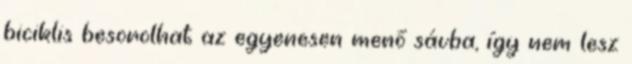
biciklis besorolhat az egyenesen menő sávba, így nem lesz